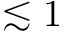
\lesssim 1